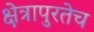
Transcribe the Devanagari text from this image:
क्षेत्रापुरतेच